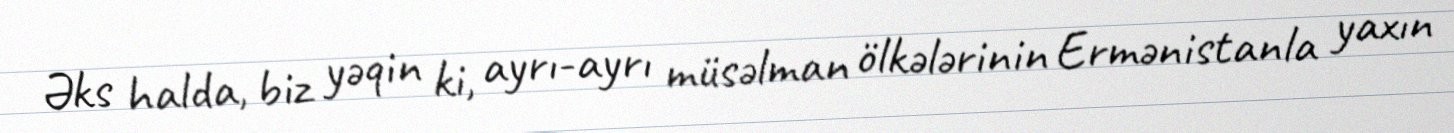
Əks halda, biz yəqin ki, ayrı-ayrı müsəlman ölkələrinin Ermənistanla yaxın